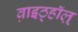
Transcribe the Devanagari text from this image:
व़ाइठ्हाॅल़्